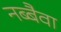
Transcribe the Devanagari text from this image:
नब्बैवा